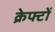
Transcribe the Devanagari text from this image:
क्रेफ्टों